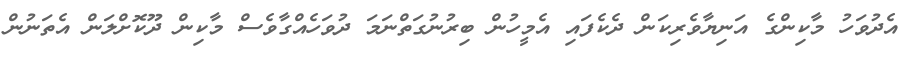
އެދުވަހު މާކިންގެ އަނިޔާވެރިކަން ދެކެފައި އެމީހުން ބިރުނުގަތްނަމަ ދުވަހެއްގާވެސް މާކިން ދޫކޮށްލަން އެތަނުން